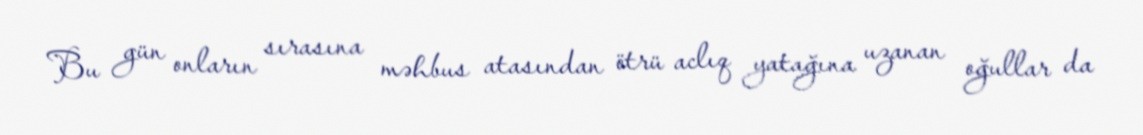
Bu gün onların sırasına məhbus atasından ötrü aclıq yatağına uzanan oğullar da